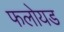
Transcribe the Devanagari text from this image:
फलोयड